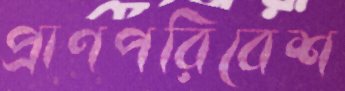
প্রাণপরিবেশ